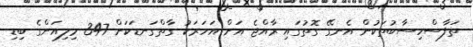
ތަފާސްހިސާބުތަކުން އެނގޭ ގޮތުގައި ރާއްޖެ އަށް އަހަރަކު ގާތްގަނޑަކަށް 347 މިލިއަންގެ ބިޑި